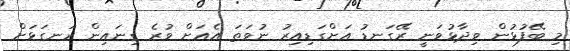
މި ބޭފުޅުން ވިދާޅުވަނީ ރޭގަނޑު އަށްގަޑިއިރު ނުވަތަ އެއަށް ވުރެ ގިނައިން ރަނގަޅަށް